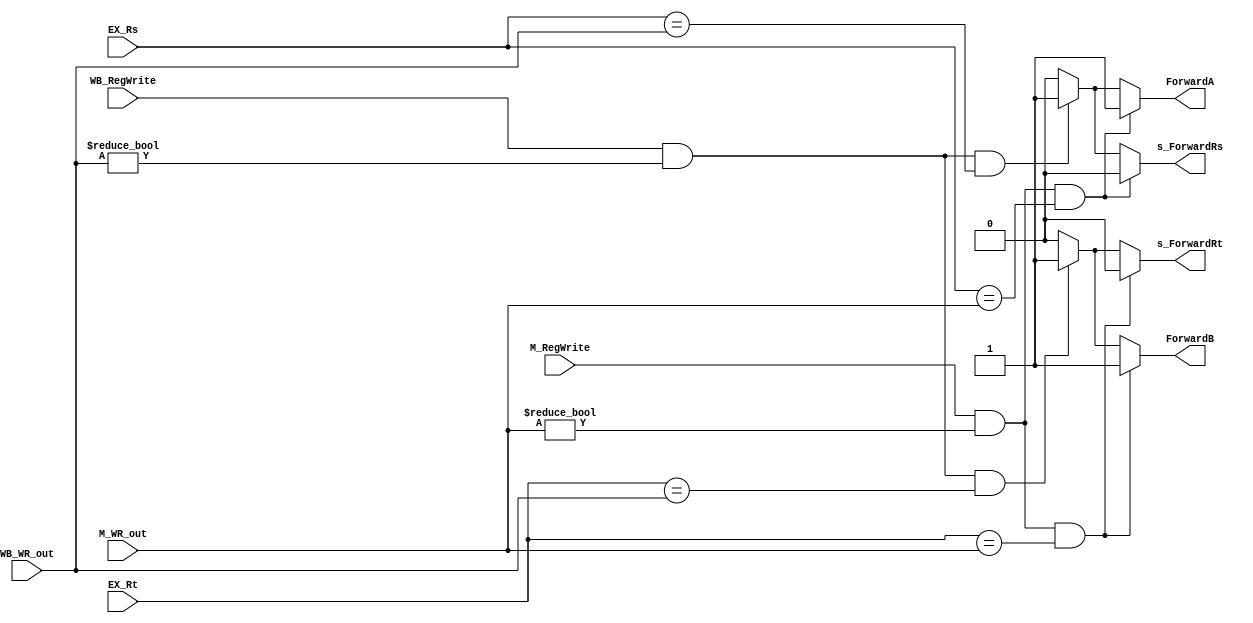
// Forwarding Unit

module FU ( // input 
            EX_Rs,
            EX_Rt,
            M_RegWrite,
            M_WR_out,
            WB_RegWrite,
            WB_WR_out,
            // output
            // write your code in here
            s_ForwardRs, // select EX/MEM.Rs or MEM/WB.Rs
            s_ForwardRt, // select EX/MEM.Rt or MEM/WB.Rt
            ForwardA,
            ForwardB
			);

	input [4:0] EX_Rs;
    input [4:0] EX_Rt;
    input M_RegWrite;
    input [4:0] M_WR_out;
    input WB_RegWrite;
    input [4:0] WB_WR_out;

	// write your code in here
	output reg s_ForwardRs;
	output reg s_ForwardRt;
	output reg ForwardA;
	output reg ForwardB;

	always @(*) begin
		ForwardA = 0;
		ForwardB = 0;
		s_ForwardRs = 0;
		s_ForwardRt = 0;

		// Rs Section
		// Forwarding from EX/MEM register
		if (M_RegWrite
			&& M_WR_out != 0
			&& EX_Rs == M_WR_out) begin
				s_ForwardRs = 0; // From MEM				
				ForwardA = 1;
		end
		// Forwarding from MEM/WB register
		else if (WB_RegWrite
			&& WB_WR_out != 0
			&& EX_Rs == WB_WR_out) begin
				s_ForwardRs = 1; // From WB			
				ForwardA = 1;
		end

		// Rt Section
		// Forwarding from EX/MEM register
		if (M_RegWrite
			&& M_WR_out != 0
			&& EX_Rt == M_WR_out) begin
				s_ForwardRt = 0; // From MEM
				ForwardB = 1;
		end
		// Forwarding from MEM/WB register
		else if (WB_RegWrite
			&& WB_WR_out != 0
			&& EX_Rt == WB_WR_out) begin
				s_ForwardRt = 1; // From WB			
				ForwardB = 1;
		end
	end

endmodule